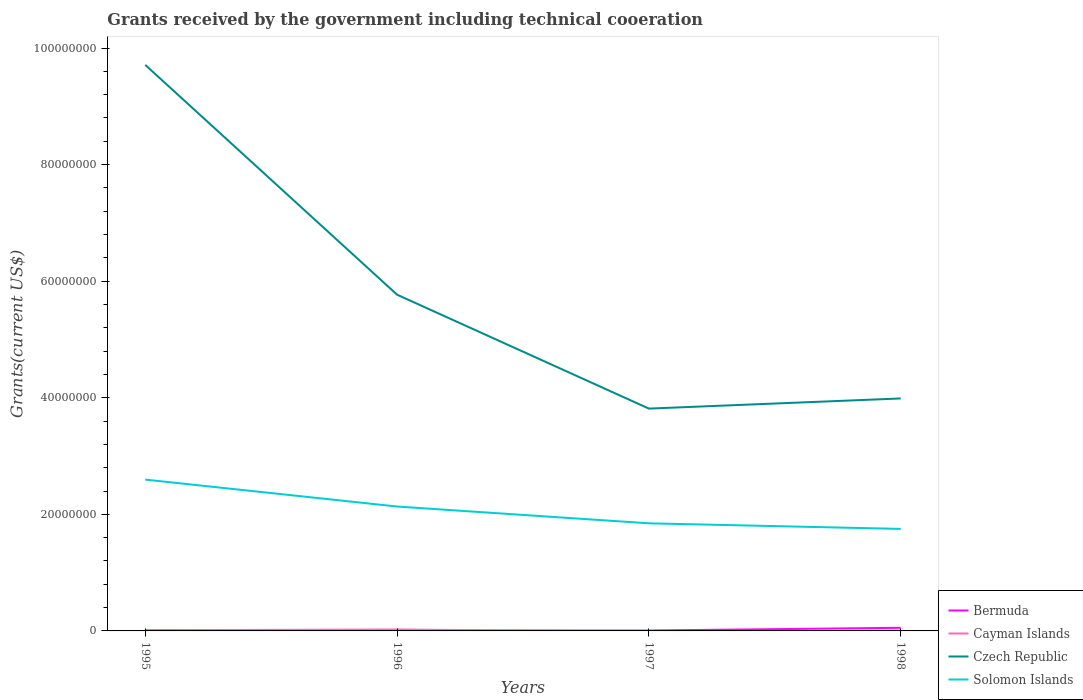
| Years | Bermuda | Cayman Islands | Czech Republic | Solomon Islands |
 | --- | --- | --- | --- | --- |
 | 1995 | 1.1e+05 | 1.2e+05 | 9.71e+07 | 2.6e+07 |
 | 1996 | 7e+04 | 2.5e+05 | 5.77e+07 | 2.13e+07 |
 | 1997 | 7e+04 | -1.2e+05 | 3.81e+07 | 1.85e+07 |
 | 1998 | 5.4e+05 | 7e+04 | 3.99e+07 | 1.75e+07 |